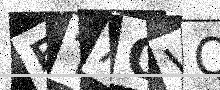
Text: FTAOVQ